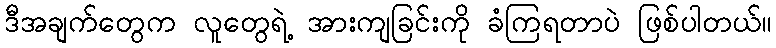
ဒီအချက်တွေက လူတွေရဲ့ အားကျခြင်းကို ခံကြရတာပဲ ဖြစ်ပါတယ်။